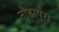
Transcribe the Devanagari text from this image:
तोंडापुरा